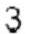
3